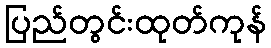
ပြည်တွင်းထုတ်ကုန်